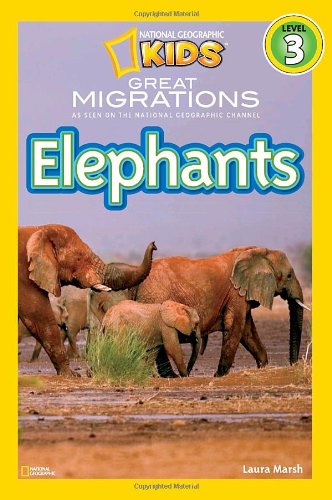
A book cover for National Geographic Readers: Great Migrations Elephants; Laura Marsh; Children's Books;